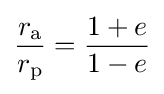
{\frac {r_{\text{a}}}{r_{\text{p}}}}={\frac {1+e}{1-e}}